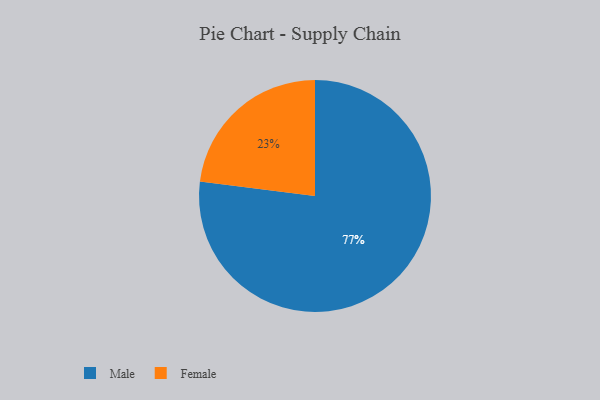
{"axis": {"x": "Category", "y": "Percentage"}, "legend": ["Female", "Male"], "data": [{"x": "Male", "y": 77, "type": "Male"}, {"x": "Female", "y": 23, "type": "Female"}]}